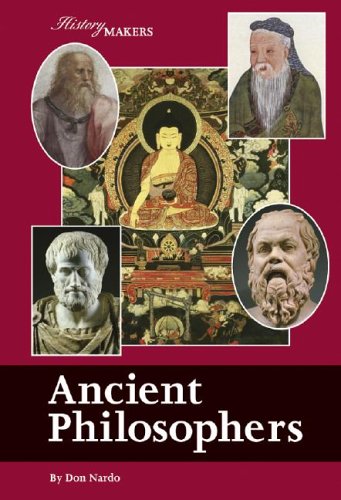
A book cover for History Makers - Ancient Philosophers; Don Nardo; Teen & Young Adult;